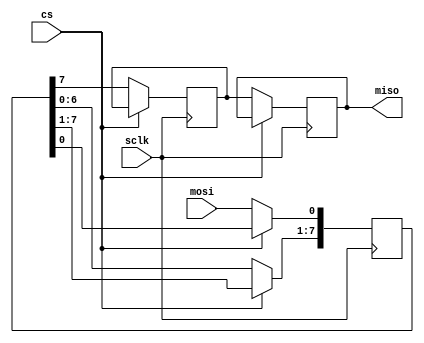
module SPI(input cs,input sclk,input mosi,output reg miso=0);
    parameter S0 = 4'd0;
    parameter S1 = 4'd1;
    parameter S2 = 4'd2;
    parameter S3 = 4'd3;
    parameter S4 = 4'd4;
    parameter S5 = 4'd5;
    parameter S6 = 4'd6;
    parameter S7 = 4'd7;
    reg [7:0] buffer_s = 8'd0;
    reg s7 = 0;
    always @(posedge sclk) 
    begin
        if(!cs)
        begin
            s7 <= buffer_s[7];
            buffer_s <= buffer_s << 1'b1;
            buffer_s[0] <= mosi;
            miso <= s7;
            
        end
    
    end
endmodule